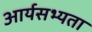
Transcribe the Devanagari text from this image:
आर्यसभ्यता